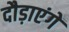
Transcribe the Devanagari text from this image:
दौड़ाएंगें